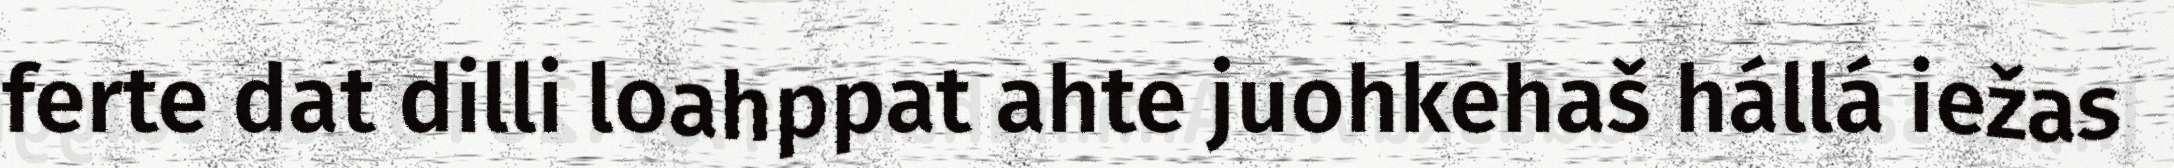
ferte dat dilli loahppat ahte juohkehaš hállá iežas